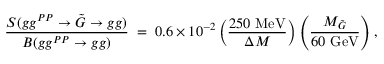
\frac { S ( g g ^ { P P } \rightarrow \tilde { G } \rightarrow g g ) } { B ( g g ^ { P P } \rightarrow g g ) } \; = \; 0 . 6 \times 1 0 ^ { - 2 } \left( \frac { 2 5 0 ~ \mathrm { M e V } } { \Delta M } \right) \left( \frac { M _ { \tilde { G } } } { 6 0 ~ \mathrm { G e V } } \right) ,